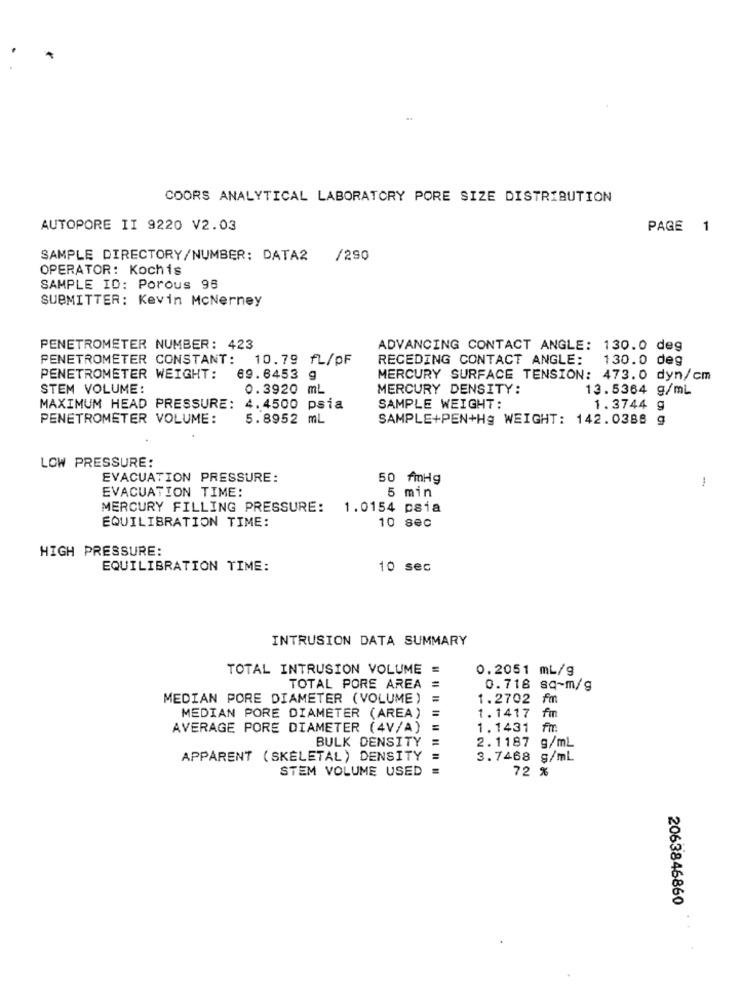
COORS ANALYTICAL LABORATORY PORE SIZE DISTRIBUTION
AUTOPORE II 9220 V2.03
PAGE 1
SAMPLE DIRECTORY/NUMBER: DATA2
/290
OPERATOR: Kochis
SAMPLE ID: Porous 96
SUBMITTER: Kevin McNerney
PENETROMETER NUMBER: 423
ADVANCING CONTACT ANGLE: 130.0 deg
PENETROMETER CONSTANT: 10.79 fL/PF
RECEDING CONTACT ANGLE: 130.0 deg
PENETROMETER WEIGHT:
69.6453 g
MERCURY SURFACE TENSION: 473.0 dyn/cm
STEM VOLUME:
0.3920 mL
MERCURY DENSITY:
13.5364 g/mL
MAXIMUM HEAD PRESSURE:
4.4500 psia
SAMPLE WEIGHT:
1.3744 9
PENETROMETER VOLUME:
5.8952 mL
SAMPLE+PEN+Hg WEIGHT: 142.0388 g
LOW PRESSURE:
EVACUATION PRESSURE:
50 fmHg
1
EVACUATION TIME:
5 min
MERCURY FILLING PRESSURE:
1.0154 psia
EQUILIBRATION TIME:
10 sec
HIGH PRESSURE:
EQUILIBRATION TIME:
10 sec
INTRUSION DATA SUMMARY
TOTAL INTRUSION VOLUME =
0.2051 mL/g
TOTAL PORE AREA
0.718 sq-m/g
MEDIAN PORE DIAMETER (VOLUME)
1.2702 fm
1.1417 f
MEDIAN PORE DIAMETER (AREA)
AVERAGE PORE DIAMETER (4V/A)
1.1431 fm
BULK DENSITY
2.1187 g/mL
APPARENT ( SKELETAL) DENSITY
=
3.7468 g/mL
STEM VOLUME USED
72 %
2063846860